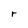
Character: r